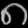
Digit: ၈